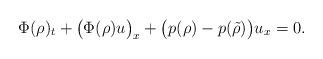
LaTeX: \begin{align*}\Phi(\rho)_t+\big(\Phi(\rho)u\big)_x+\big(p(\rho)-p(\tilde{\rho})\big)u_x=0.\end{align*}